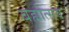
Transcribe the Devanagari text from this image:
बह्मोत्‍सव